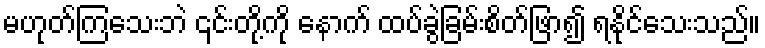
မဟုတ်ကြသေးဘဲ ၎င်းတို့ကို နောက် ထပ်ခွဲခြမ်းစိတ်ဖြာ၍ ရနိုင်သေးသည်။